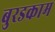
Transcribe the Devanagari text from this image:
बुरडकाम